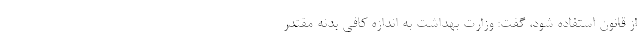
از قانون استفاده شود، گفت: وزارت بهداشت به اندازه کافی بدنه مقتدر